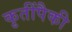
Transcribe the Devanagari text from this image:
कृतींपैकी